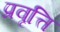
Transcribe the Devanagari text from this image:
प्रवृत्ति